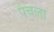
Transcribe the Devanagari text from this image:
पंचला